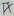
Text: TX